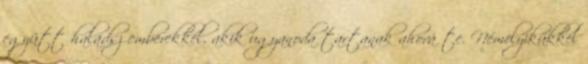
együtt haladsz emberekkel, akik ugyanoda tartanak ahová te. Némelyikükkel